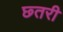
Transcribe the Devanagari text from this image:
छ्तरी